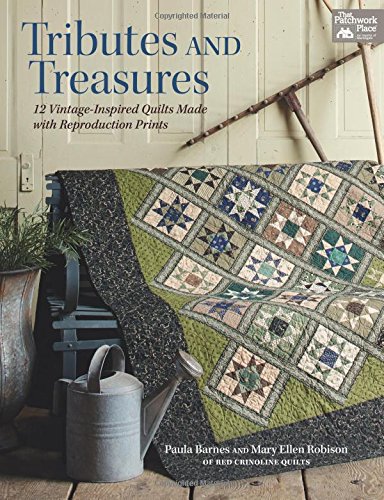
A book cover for Tributes and Treasures: 12 Vintage-inspired Quilts Made With Reproduction Prints; Paula Barnes; Crafts, Hobbies & Home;